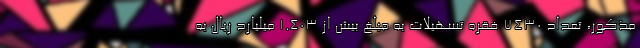
مذکور، تعداد 7430 فقره تسهیلات به مبلغ بیش از 1.403 میلیارد ریال به